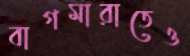
বাগমারাতেও